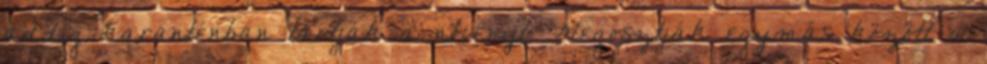
addig karanténban tartják a növényt. Megosztják egymás között a